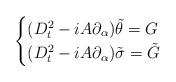
LaTeX: \begin{align*}\begin{cases}(D_t^2-iA\partial_{\alpha})\tilde{\theta}=G\\(D_t^2-iA\partial_{\alpha})\tilde{\sigma}=\tilde{G}\\\end{cases}\end{align*}